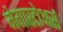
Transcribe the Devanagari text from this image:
मेगास्टोअर्स